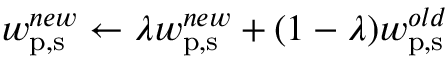
w _ { \mathrm { p , s } } ^ { n e w } \leftarrow \lambda w _ { \mathrm { p , s } } ^ { n e w } + ( 1 - \lambda ) w _ { \mathrm { p , s } } ^ { o l d }